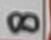
Text: 8